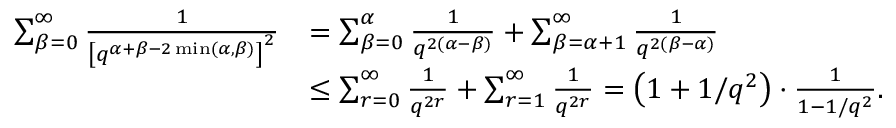
\begin{array} { r l } { \sum _ { \beta = 0 } ^ { \infty } \frac { 1 } { \left[ q ^ { \alpha + \beta - 2 \operatorname* { m i n } ( \alpha , \beta ) } \right] ^ { 2 } } } & { = \sum _ { \beta = 0 } ^ { \alpha } \frac { 1 } { q ^ { 2 ( \alpha - \beta ) } } + \sum _ { \beta = \alpha + 1 } ^ { \infty } \frac { 1 } { q ^ { 2 ( \beta - \alpha ) } } } \\ & { \le \sum _ { r = 0 } ^ { \infty } \frac { 1 } { q ^ { 2 r } } + \sum _ { r = 1 } ^ { \infty } \frac { 1 } { q ^ { 2 r } } = \left( 1 + 1 / q ^ { 2 } \right) \cdot \frac { 1 } { 1 - 1 / q ^ { 2 } } . } \end{array}